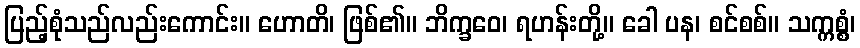
ပြည့်စုံသည်လည်းကောင်း။ ဟောတိ၊ ဖြစ်၏။ ဘိက္ခဝေ၊ ရဟန်းတို့။ ခေါ ပန၊ စင်စစ်။ သက္ကစ္စံ၊